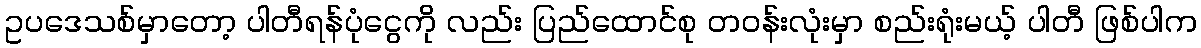
ဥပဒေသစ်မှာတော့ ပါတီရန်ပုံငွေကို လည်း ပြည်ထောင်စု တဝန်းလုံးမှာ စည်းရုံးမယ့် ပါတီ ဖြစ်ပါက